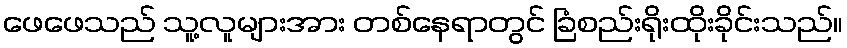
ဖေဖေသည် သူ့လူများအား တစ်နေရာတွင် ခြံစည်းရိုးထိုးခိုင်းသည်။